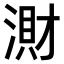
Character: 𣺠